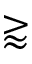
\gtrapprox